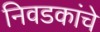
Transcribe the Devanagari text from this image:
निवडकांचे